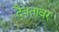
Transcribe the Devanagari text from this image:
दैवतावर